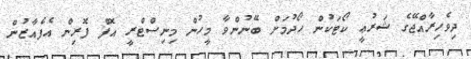
ދިވެހިރާއްޖޭގެ ޝަރުޢީ ކޯޓަކުން ހޯދުމަށް ބޭނުންވާ މީހުން މިނިސްޓްރީ އޮފް ފޮރިން އެފެއާޒުން